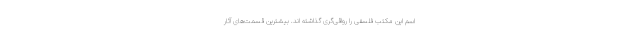
اسم این مکتب فلسفی را رواقی‌گری گذاشته اند. بیشترین قسمت‌های آثار